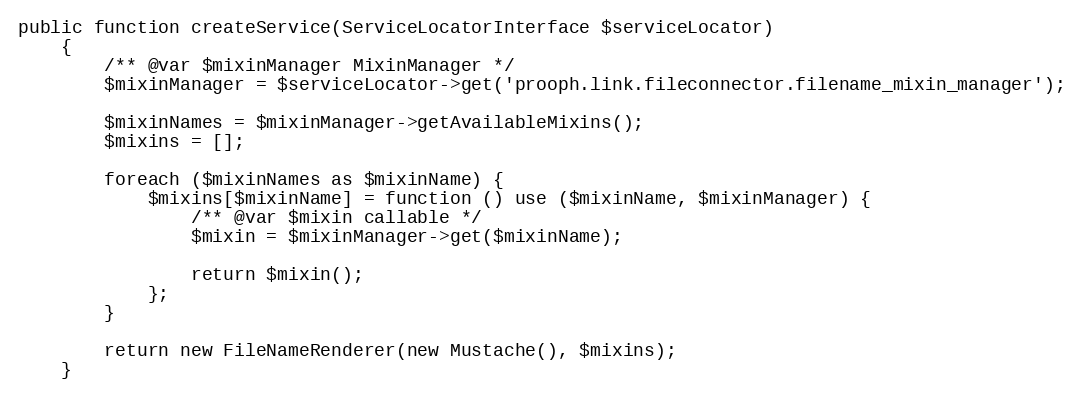
Language: PHP
public function createService(ServiceLocatorInterface $serviceLocator)
    {
        /** @var $mixinManager MixinManager */
        $mixinManager = $serviceLocator->get('prooph.link.fileconnector.filename_mixin_manager');

        $mixinNames = $mixinManager->getAvailableMixins();
        $mixins = [];

        foreach ($mixinNames as $mixinName) {
            $mixins[$mixinName] = function () use ($mixinName, $mixinManager) {
                /** @var $mixin callable */
                $mixin = $mixinManager->get($mixinName);

                return $mixin();
            };
        }

        return new FileNameRenderer(new Mustache(), $mixins);
    }